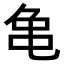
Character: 𪛉